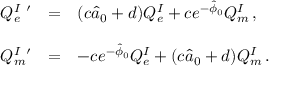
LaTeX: \begin{array} { r c l } { { { \cal Q } _ { e } ^ { I \ \prime } } } & { { = } } & { { ( c \hat { a } _ { 0 } + d ) { \cal Q } _ { e } ^ { I } + c e ^ { - \hat { \phi } _ { 0 } } { \cal Q } _ { m } ^ { I } \, , } } \\ { { } } & { { } } & { { } } \\ { { { \cal Q } _ { m } ^ { I \ \prime } } } & { { = } } & { { - c e ^ { - \hat { \phi } _ { 0 } } { \cal Q } _ { e } ^ { I } + ( c \hat { a } _ { 0 } + d ) { \cal Q } _ { m } ^ { I } \, . } } \end{array}